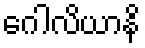
ဂေါလိယာနိ